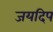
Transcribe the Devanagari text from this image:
जयदिप